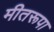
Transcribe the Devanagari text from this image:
मीतरूपा